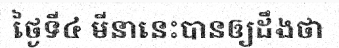
ថ្ងៃទី៤ មីនានេះបានឲ្យដឹងថា